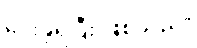
ပေးခဲ့ရပြီး ဖြစ်သည်။